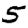
Digit: 5